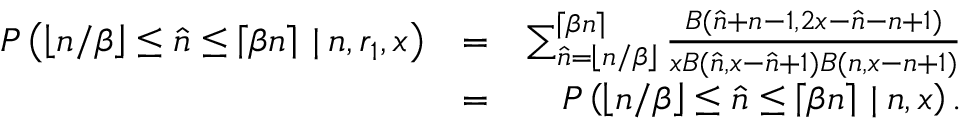
\begin{array} { r l r } { P \left( \left\lfloor n / \beta \right\rfloor \leq \hat { n } \leq \left\lceil \beta n \right\rceil \: | \: n , r _ { 1 } , x \right) } & { = } & { \sum _ { \hat { n } = \left\lfloor n / \beta \right\rfloor } ^ { \left\lceil \beta n \right\rceil } \frac { B ( \hat { n } + n - 1 , 2 x - \hat { n } - n + 1 ) } { x B ( \hat { n } , x - \hat { n } + 1 ) B ( n , x - n + 1 ) } } \\ & { = } & { P \left( \left\lfloor n / \beta \right\rfloor \leq \hat { n } \leq \left\lceil \beta n \right\rceil \: | \: n , x \right) . } \end{array}